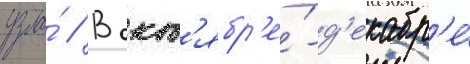
узла́ // В окт'ябр'е́-д'екабр'е́